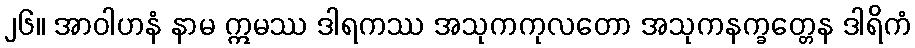
၂၆။ အာဝါဟနံ နာမ ဣမဿ ဒါရကဿ အသုကကုလတော အသုကနက္ခတ္တေန ဒါရိကံ